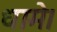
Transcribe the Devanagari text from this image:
धामे।